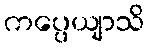
ကပ္ပေယျာသိ